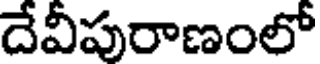
దేవీపురాణంలో